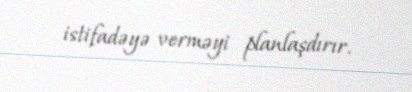
istifadəyə verməyi planlaşdırır.